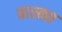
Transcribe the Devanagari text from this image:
बास्क्स